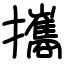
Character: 攜